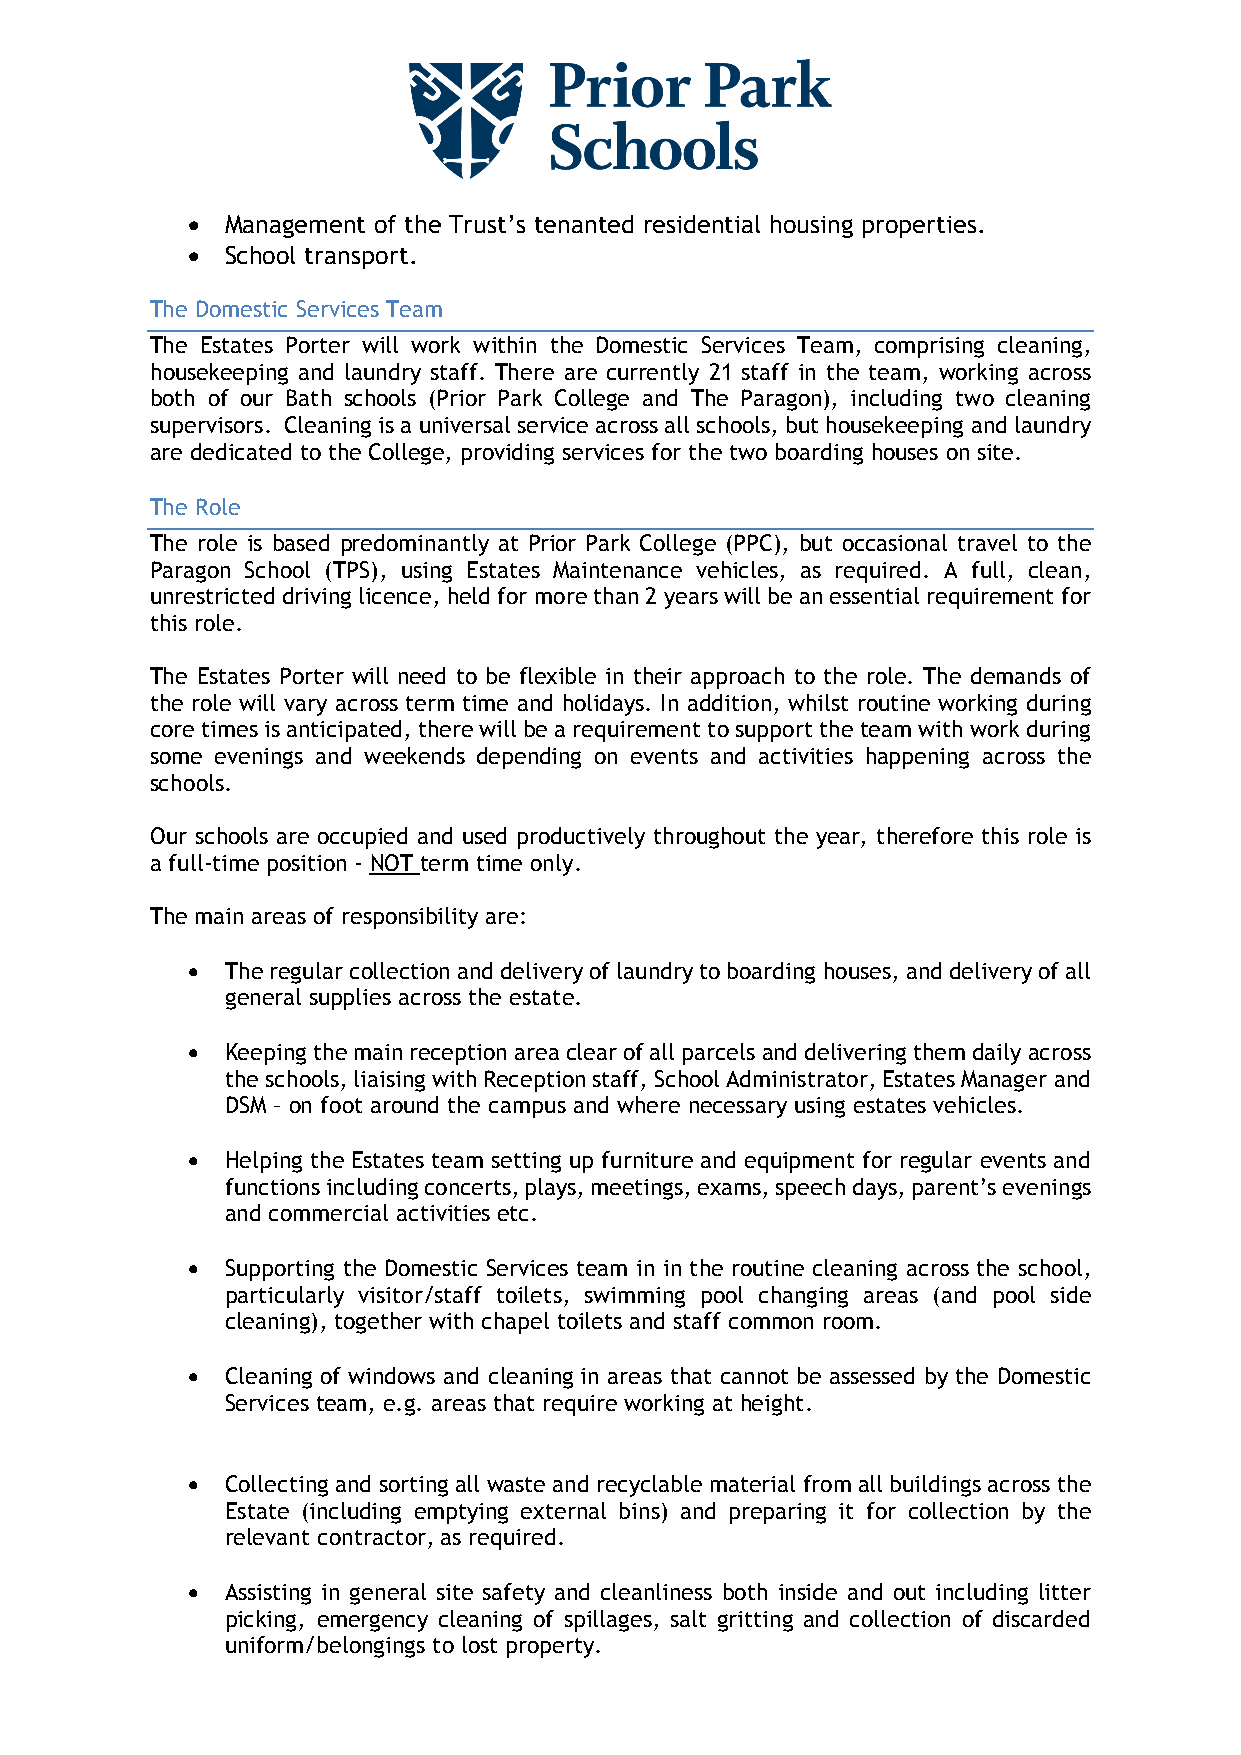
•  Management of the Trust’s tenanted residential housing properties.
 •  School transport.
 The Domestic Services Team
 The Estates Porter will work within the Domestic Services Team, comprising cleaning,
 housekeeping and laundry staff. There are currently 21 staff in the team, working across
 both of our Bath schools (Prior Park College and The Paragon), including two cleaning
 supervisors. Cleaning is a universal service across all schools, but housekeeping and laundry
 are dedicated to the College, providing services for the two boarding houses on site.
 The Role
 The role is based predominantly at Prior Park College (PPC), but occasional travel to the
 Paragon School (TPS), using Estates Maintenance vehicles, as required. A full, clean,
 unrestricted driving licence, held for more than 2 years will be an essential requirement for
 this role.
 The Estates Porter will need to be flexible in their approach to the role. The demands of
 the role will vary across term time and holidays. In addition, whilst routine working during
 core times is anticipated, there will be a requirement to support the team with work during
 some evenings and weekends depending on events and activities happening across the
 schools.
 Our schools are occupied and used productively throughout the year, therefore this role is
 a full-time position - NOT term time only.
 The main areas of responsibility are:
 •  The regular collection and delivery of laundry to boarding houses, and delivery of all
 general supplies across the estate.
 •  Keeping the main reception area clear of all parcels and delivering them daily across
 the schools, liaising with Reception staff, School Administrator, Estates Manager and
 DSM – on foot around the campus and where necessary using estates vehicles.
 •  Helping the Estates team setting up furniture and equipment for regular events and
 functions including concerts, plays, meetings, exams, speech days, parent’s evenings
 and commercial activities etc.
 •  Supporting the Domestic Services team in in the routine cleaning across the school,
 particularly visitor/staff toilets, swimming pool changing areas (and pool side
 cleaning), together with chapel toilets and staff common room.
 •  Cleaning of windows and cleaning in areas that cannot be assessed by the Domestic
 Services team, e.g. areas that require working at height.
 •  Collecting and sorting all waste and recyclable material from all buildings across the
 Estate (including emptying external bins) and preparing it for collection by the
 relevant contractor, as required.
 •  Assisting in general site safety and cleanliness both inside and out including litter
 picking, emergency cleaning of spillages, salt gritting and collection of discarded
 uniform/belongings to lost property.